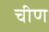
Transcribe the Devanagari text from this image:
चीण